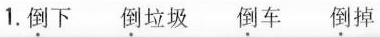
1.倒下 倒垃圾 倒车 倒掉